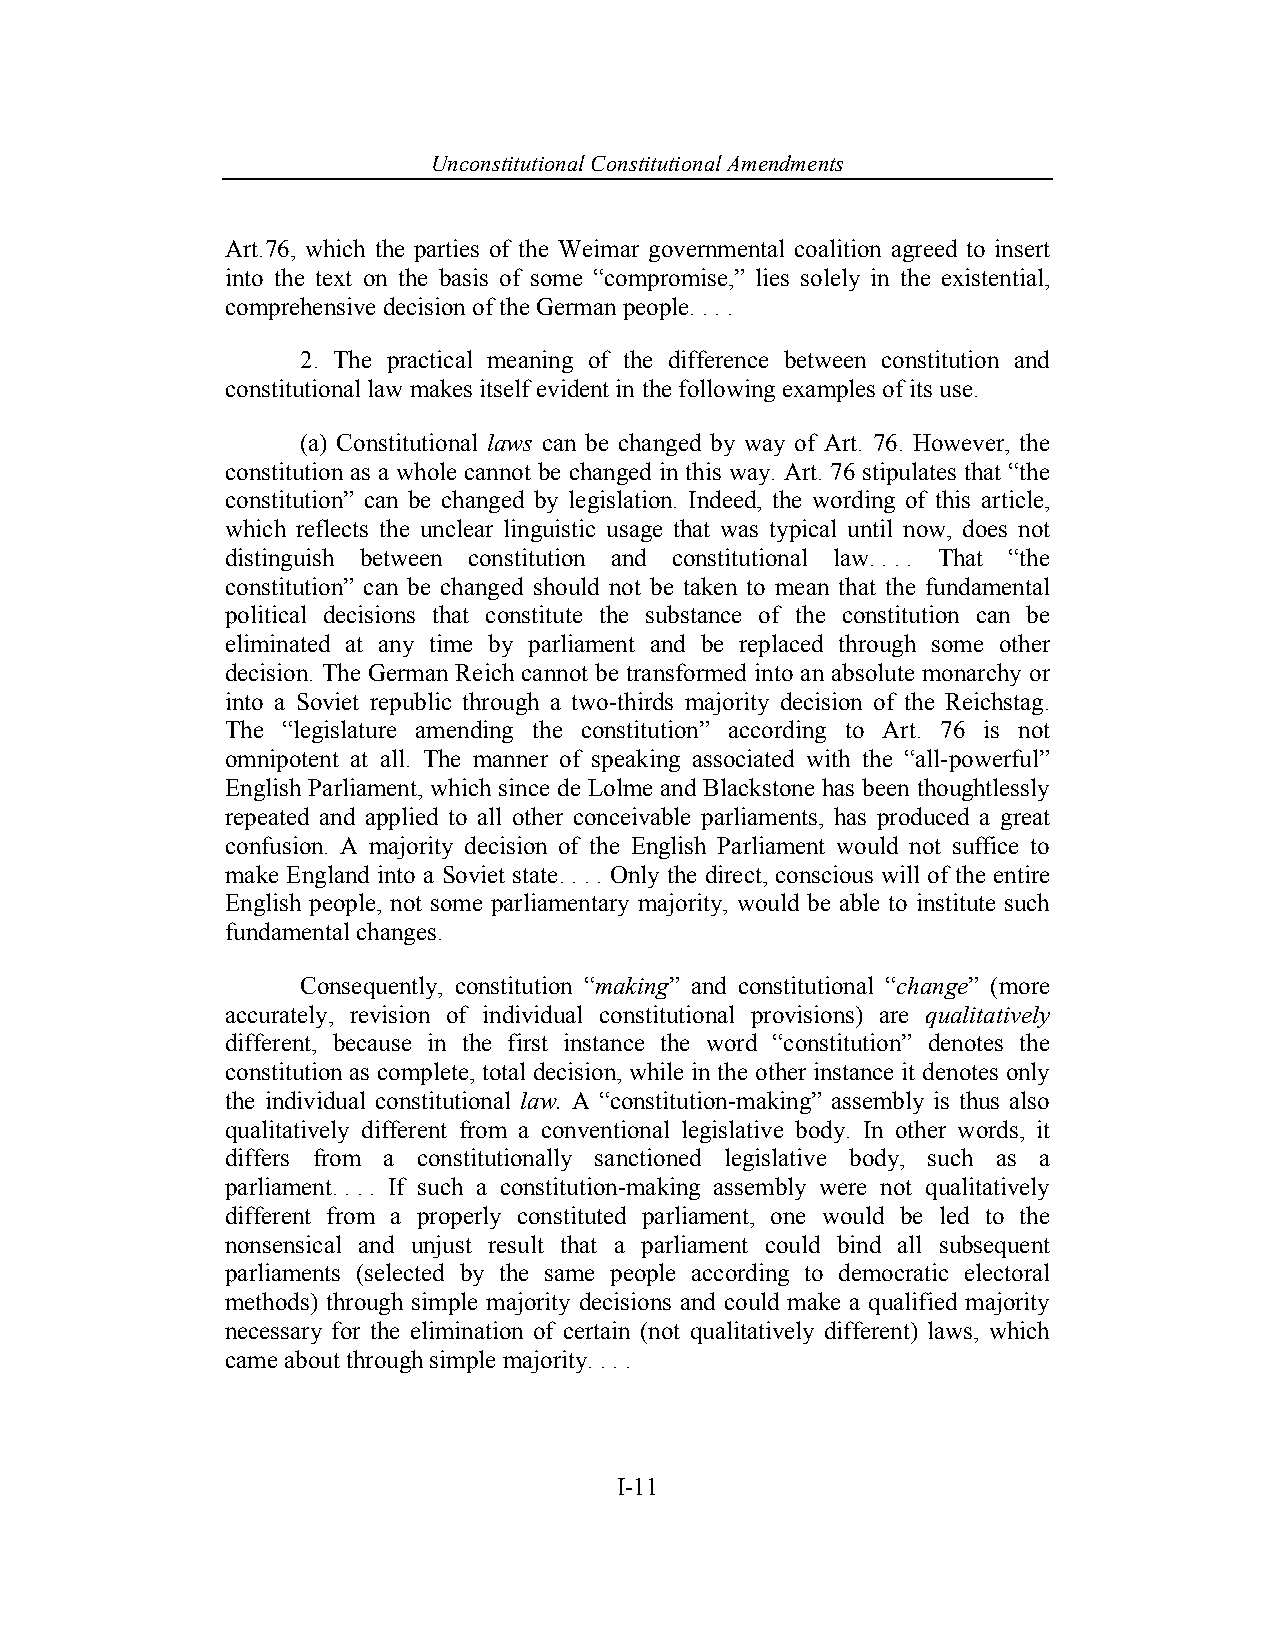
Unconstitutional Con stitutional Amendments
 Art.76, which the parties of the Weimar governmental coalition agreed to insert
 into the text on the basis of some “compromise,” lies solely in the existential,
 comprehensive decision of the German people. . . .
 2. The practical meaning of the difference between constitution and
 constitutional law makes itself evident in the following examples of its use.
 (a) Constitutional laws can be changed by way of Art. 76. However, the
 constitution as a whole cannot be changed in this way. Art. 76 stipulates that “the
 constitution” can be changed by legislation. Indeed, the wording of this article,
 which reflects the unclear linguistic usage that was typical until now, does not
 distinguish between constitution and constitutional law. . . . That “the
 constitution” can be changed should not be taken to mean that the fundamental
 political decisions that constitute the substance of the constitution can be
 eliminated at any time by parliament and be replaced through some other
 decision. The German Reich cannot be transformed into an absolute monarchy or
 into a Soviet republic through a two-thirds majority decision of the Reichstag.
 The “legislature amending the constitution” according to Art. 76 is not
 omnipotent at all. The manner of speaking associated with the “all-powerful”
 English Parliament, which since de Lolme and Blackstone has been thoughtlessly
 repeated and applied to all other conceivable parliaments, has produced a great
 confusion. A majority decision of the English Parliament would not suffice to
 make England into a Soviet state. . . . Only the direct, conscious will of the entire
 English people, not some parliamentary majority, would be able to institute such
 fundamental changes.
 Consequently, constitution “making” and constitutional “change” (more
 accurately, revision of individual constitutional provisions) are qualitatively
 different, because in the first instance the word “constitution” denotes the
 constitution as complete, total decision, while in the other instance it denotes only
 the individual constitutional law. A “constitution-making” assembly is thus also
 qualitatively different from a conventional legislative body. In other words, it
 differs from a constitutionally sanctioned legislative body, such as a
 parliament. . . . If such a constitution-making assembly were not qualitatively
 different from a properly constituted parliament, one would be led to the
 nonsensical and unjust result that a parliament could bind all subsequent
 parliaments (selected by the same people according to democratic electoral
 methods) through simple majority decisions and could make a qualified majority
 necessary for the elimination of certain (not qualitatively different) laws, which
 came about through simple majority. . . .
 I-11